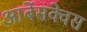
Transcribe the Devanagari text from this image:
आर्बेसक्वेस